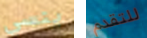
ينسي للتقدم